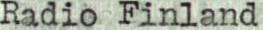
Radio Finland